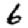
Digit: 6